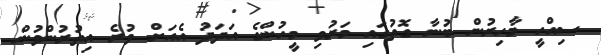
ސިއްހީ މާހިރުން ބުނާ ގޮތުގައި މަރުވި މީހުންގެ އަދަދު އެއަށް ވުރެ އިތުރުންވުން